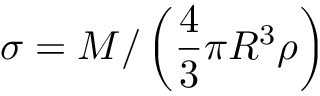
\sigma = M / \left( \frac { 4 } { 3 } \pi R ^ { 3 } \rho \right)